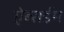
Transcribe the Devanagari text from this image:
ऐब्सर्डम